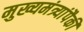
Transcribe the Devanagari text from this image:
मुख्यमंत्र्यांपैकी